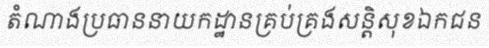
តំណាងប្រធាននាយកដ្ឋានគ្រប់គ្រងសន្តិសុខឯកជន